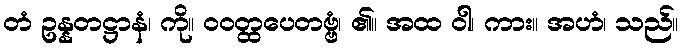
တံ ဥန္နတဋ္ဌာနံ၊ ကို။ ဝဝတ္ထပေတဗ္ဗံ၊ ၏။ အထ ဝါ၊ ကား။ အဟံ၊ သည်။